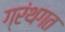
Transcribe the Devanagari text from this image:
ग्रंथगत